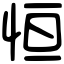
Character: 恒